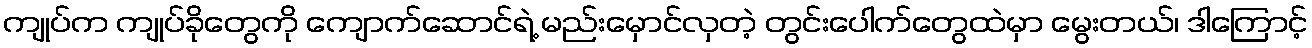
ကျုပ်က ကျုပ်ခိုတွေကို ကျောက်ဆောင်ရဲ့ မည်းမှောင်လှတဲ့ တွင်းပေါက်တွေထဲမှာ မွေးတယ်၊ ဒါကြောင့်